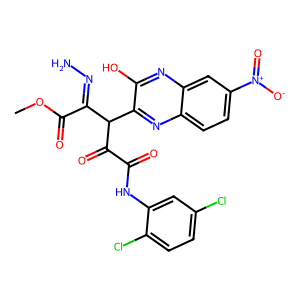
SMILES: COC(=O)C(=NN)C(C(=O)C(=O)Nc1cc(Cl)ccc1Cl)c1nc2ccc([N+](=O)[O-])cc2nc1O
Inhibits HIV replication: No